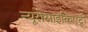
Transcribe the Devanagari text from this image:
न्यूरोसाइकिएट्री